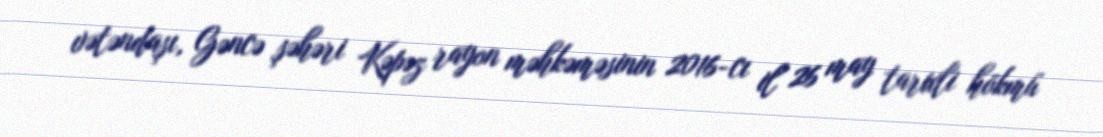
vətəndaşı, Gəncə şəhəri Kəpəz rayon məhkəməsinin 2016-cı il 26 may tarixli hökmü